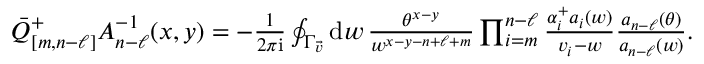
\textstyle \bar { Q } _ { [ m , n - \ell ] } ^ { + } A _ { n - \ell } ^ { - 1 } ( x , y ) = - \frac { 1 } { 2 \pi \mathrm { i } } \oint _ { \Gamma _ { \vec { v } } } \mathrm { d } w \, \frac { \theta ^ { x - y } } { w ^ { x - y - n + \ell + m } } \prod _ { i = m } ^ { n - \ell } \frac { \alpha _ { i } ^ { + } a _ { i } ( w ) } { v _ { i } - w } \frac { a _ { n - \ell } ( \theta ) } { a _ { n - \ell } ( w ) } .